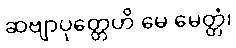
ဆဗျာပုတ္တေဟိ မေ မေတ္တံ၊